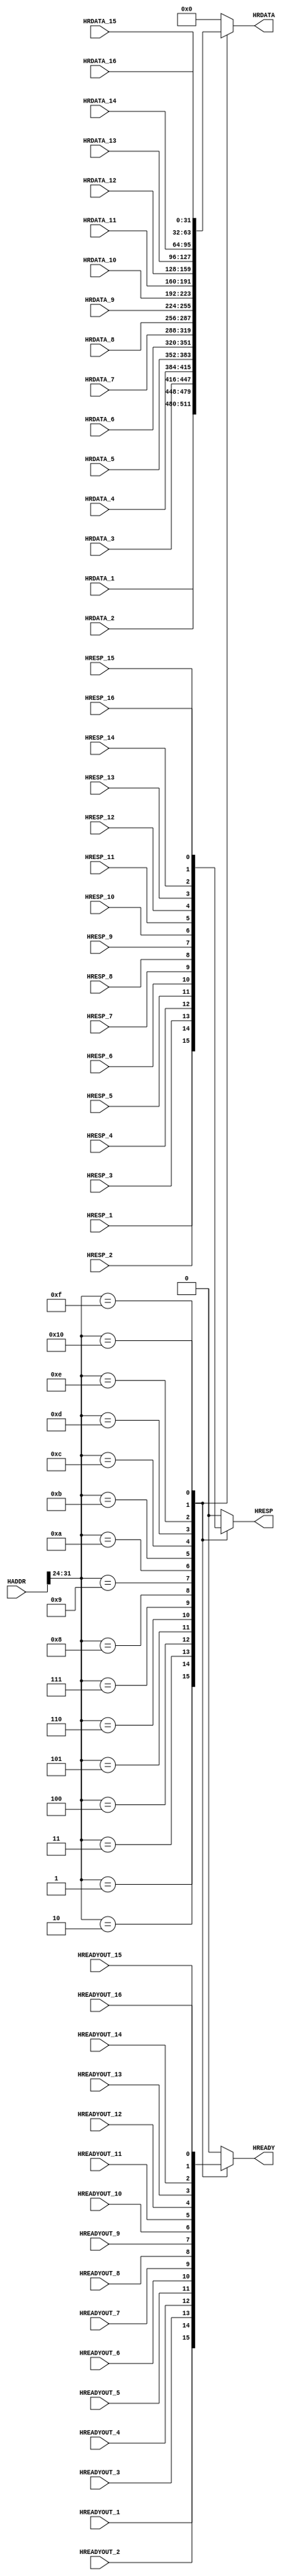
module slave_multiplexer #(parameter WIDTH = 32) (
  input wire [WIDTH-1:0] HADDR,
  input wire [WIDTH-1:0] HRDATA_1, HRDATA_2, HRDATA_3, HRDATA_4, HRDATA_5, HRDATA_6, HRDATA_7, HRDATA_8, HRDATA_9, HRDATA_10, HRDATA_11, HRDATA_12, HRDATA_13, HRDATA_14, HRDATA_15, HRDATA_16,
  input wire HREADYOUT_1, HREADYOUT_2, HREADYOUT_3, HREADYOUT_4, HREADYOUT_5, HREADYOUT_6, HREADYOUT_7, HREADYOUT_8, HREADYOUT_9, HREADYOUT_10, HREADYOUT_11, HREADYOUT_12, HREADYOUT_13, HREADYOUT_14, HREADYOUT_15, HREADYOUT_16,
  input wire HRESP_1, HRESP_2, HRESP_3, HRESP_4, HRESP_5, HRESP_6, HRESP_7, HRESP_8, HRESP_9, HRESP_10, HRESP_11, HRESP_12, HRESP_13, HRESP_14, HRESP_15, HRESP_16,
  output reg [WIDTH-1:0] HRDATA,
  output reg HREADY,
  output reg HRESP
);
always @ (*)
begin
  case(HADDR[31:24])
    8'h01: begin
		HRDATA = HRDATA_1;
		HREADY = HREADYOUT_1;
		HRESP = HRESP_1; 
	   end
    8'h02: begin
		HRDATA = HRDATA_2;
		HREADY = HREADYOUT_2;
		HRESP = HRESP_2; 
	   end
    8'h03: begin
		HRDATA = HRDATA_3;
		HREADY = HREADYOUT_3;
		HRESP = HRESP_3; 
	   end
    8'h04: begin
		HRDATA = HRDATA_4;
		HREADY = HREADYOUT_4;
		HRESP = HRESP_4; 
	   end
    8'h05: begin
		HRDATA = HRDATA_5;
		HREADY = HREADYOUT_5;
		HRESP = HRESP_5; 
	   end
    8'h06: begin
		HRDATA = HRDATA_6;
		HREADY = HREADYOUT_6;
		HRESP = HRESP_6; 
	   end
    8'h07: begin
		HRDATA = HRDATA_7;
		HREADY = HREADYOUT_7;
		HRESP = HRESP_7; 
	   end
    8'h08: begin
		HRDATA = HRDATA_8;
		HREADY = HREADYOUT_8;
		HRESP = HRESP_8; 
	   end
    8'h09: begin
		HRDATA = HRDATA_9;
		HREADY = HREADYOUT_9;
		HRESP = HRESP_9; 
	   end
    8'h0a: begin
		HRDATA = HRDATA_10;
		HREADY = HREADYOUT_10;
		HRESP = HRESP_10; 
	   end
    8'h0b: begin
		HRDATA = HRDATA_11;
		HREADY = HREADYOUT_11;
		HRESP = HRESP_11; 
	   end
    8'h0c: begin
		HRDATA = HRDATA_12;
		HREADY = HREADYOUT_12;
		HRESP = HRESP_12; 
	   end
    8'h0d: begin
		HRDATA = HRDATA_13;
		HREADY = HREADYOUT_13;
		HRESP = HRESP_13; 

	   end
    8'h0e: begin
		HRDATA = HRDATA_14;
		HREADY = HREADYOUT_14;
		HRESP = HRESP_14; 
	   end
    8'h0f: begin
		HRDATA = HRDATA_15;
		HREADY = HREADYOUT_15;
		HRESP = HRESP_15; 
	   end
    8'h10: begin
		HRDATA = HRDATA_16;
		HREADY = HREADYOUT_16;
		HRESP = HRESP_16; 
	   end
    default:begin
		HRDATA = 0;
		HREADY = 0;
		HRESP = 0;
	   end
  endcase
end
endmodule